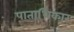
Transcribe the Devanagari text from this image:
पाताधिकार